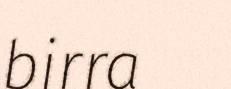
birra